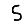
Digit: 5